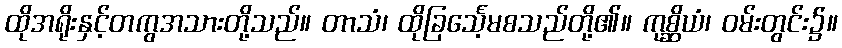
ထိုအရိုးနှင့်တကွအသားတို့သည်။ တာသံ၊ ထိုခြင်္သေ့မစသည်တို့၏။ ကုစ္ဆိယံ၊ ဝမ်းတွင်း၌။